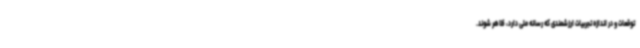
توقعات و در اندازه تجربیات ارزشمندی که رسانه ملی دارد، ظاهر شوند.